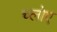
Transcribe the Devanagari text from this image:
च्लोए